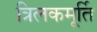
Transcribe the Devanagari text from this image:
त्रिलकमूर्ति